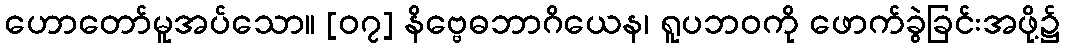
ဟောတော်မူအပ်သော။ [၀၇] နိဗ္ဗေဓဘာဂိယေန၊ ရူပဘဝကို ဖောက်ခွဲခြင်းအဖို့၌